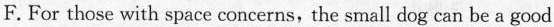
F. For those with space concerns, the small dog can be a good